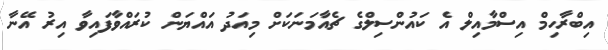
އިބްރާހިމް އިސްމާއިލް އެ ކައުންސިލްގެ ޗެއާމަނަކަށް މިއަދު އައްޔަން ކުރައްވާފައިވާ އިރު އޭނާ